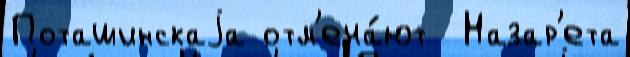
Поташинскаjа отм'еча́ют  Назар'ета